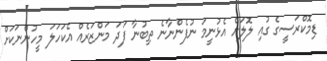
ޑިމޮކްރަސީގެ ގުއި ލޮލަށް އެޅުނީމަ ނުފެންނާނެ ތިބުނާ ފަދަ މަންޒަރެއް އެކަހަލަ މީހުންނަކަށް